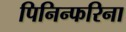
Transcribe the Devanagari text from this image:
पिनिन्फरिना